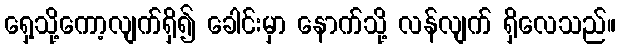
ရှေ့သို့ကော့လျက်ရှိ၍ ခေါင်းမှာ နောက်သို့ လန်လျက် ရှိလေသည်။